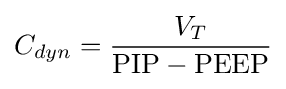
C_{dyn}={\frac {V_{T}}{\mathrm {PIP-PEEP} }}